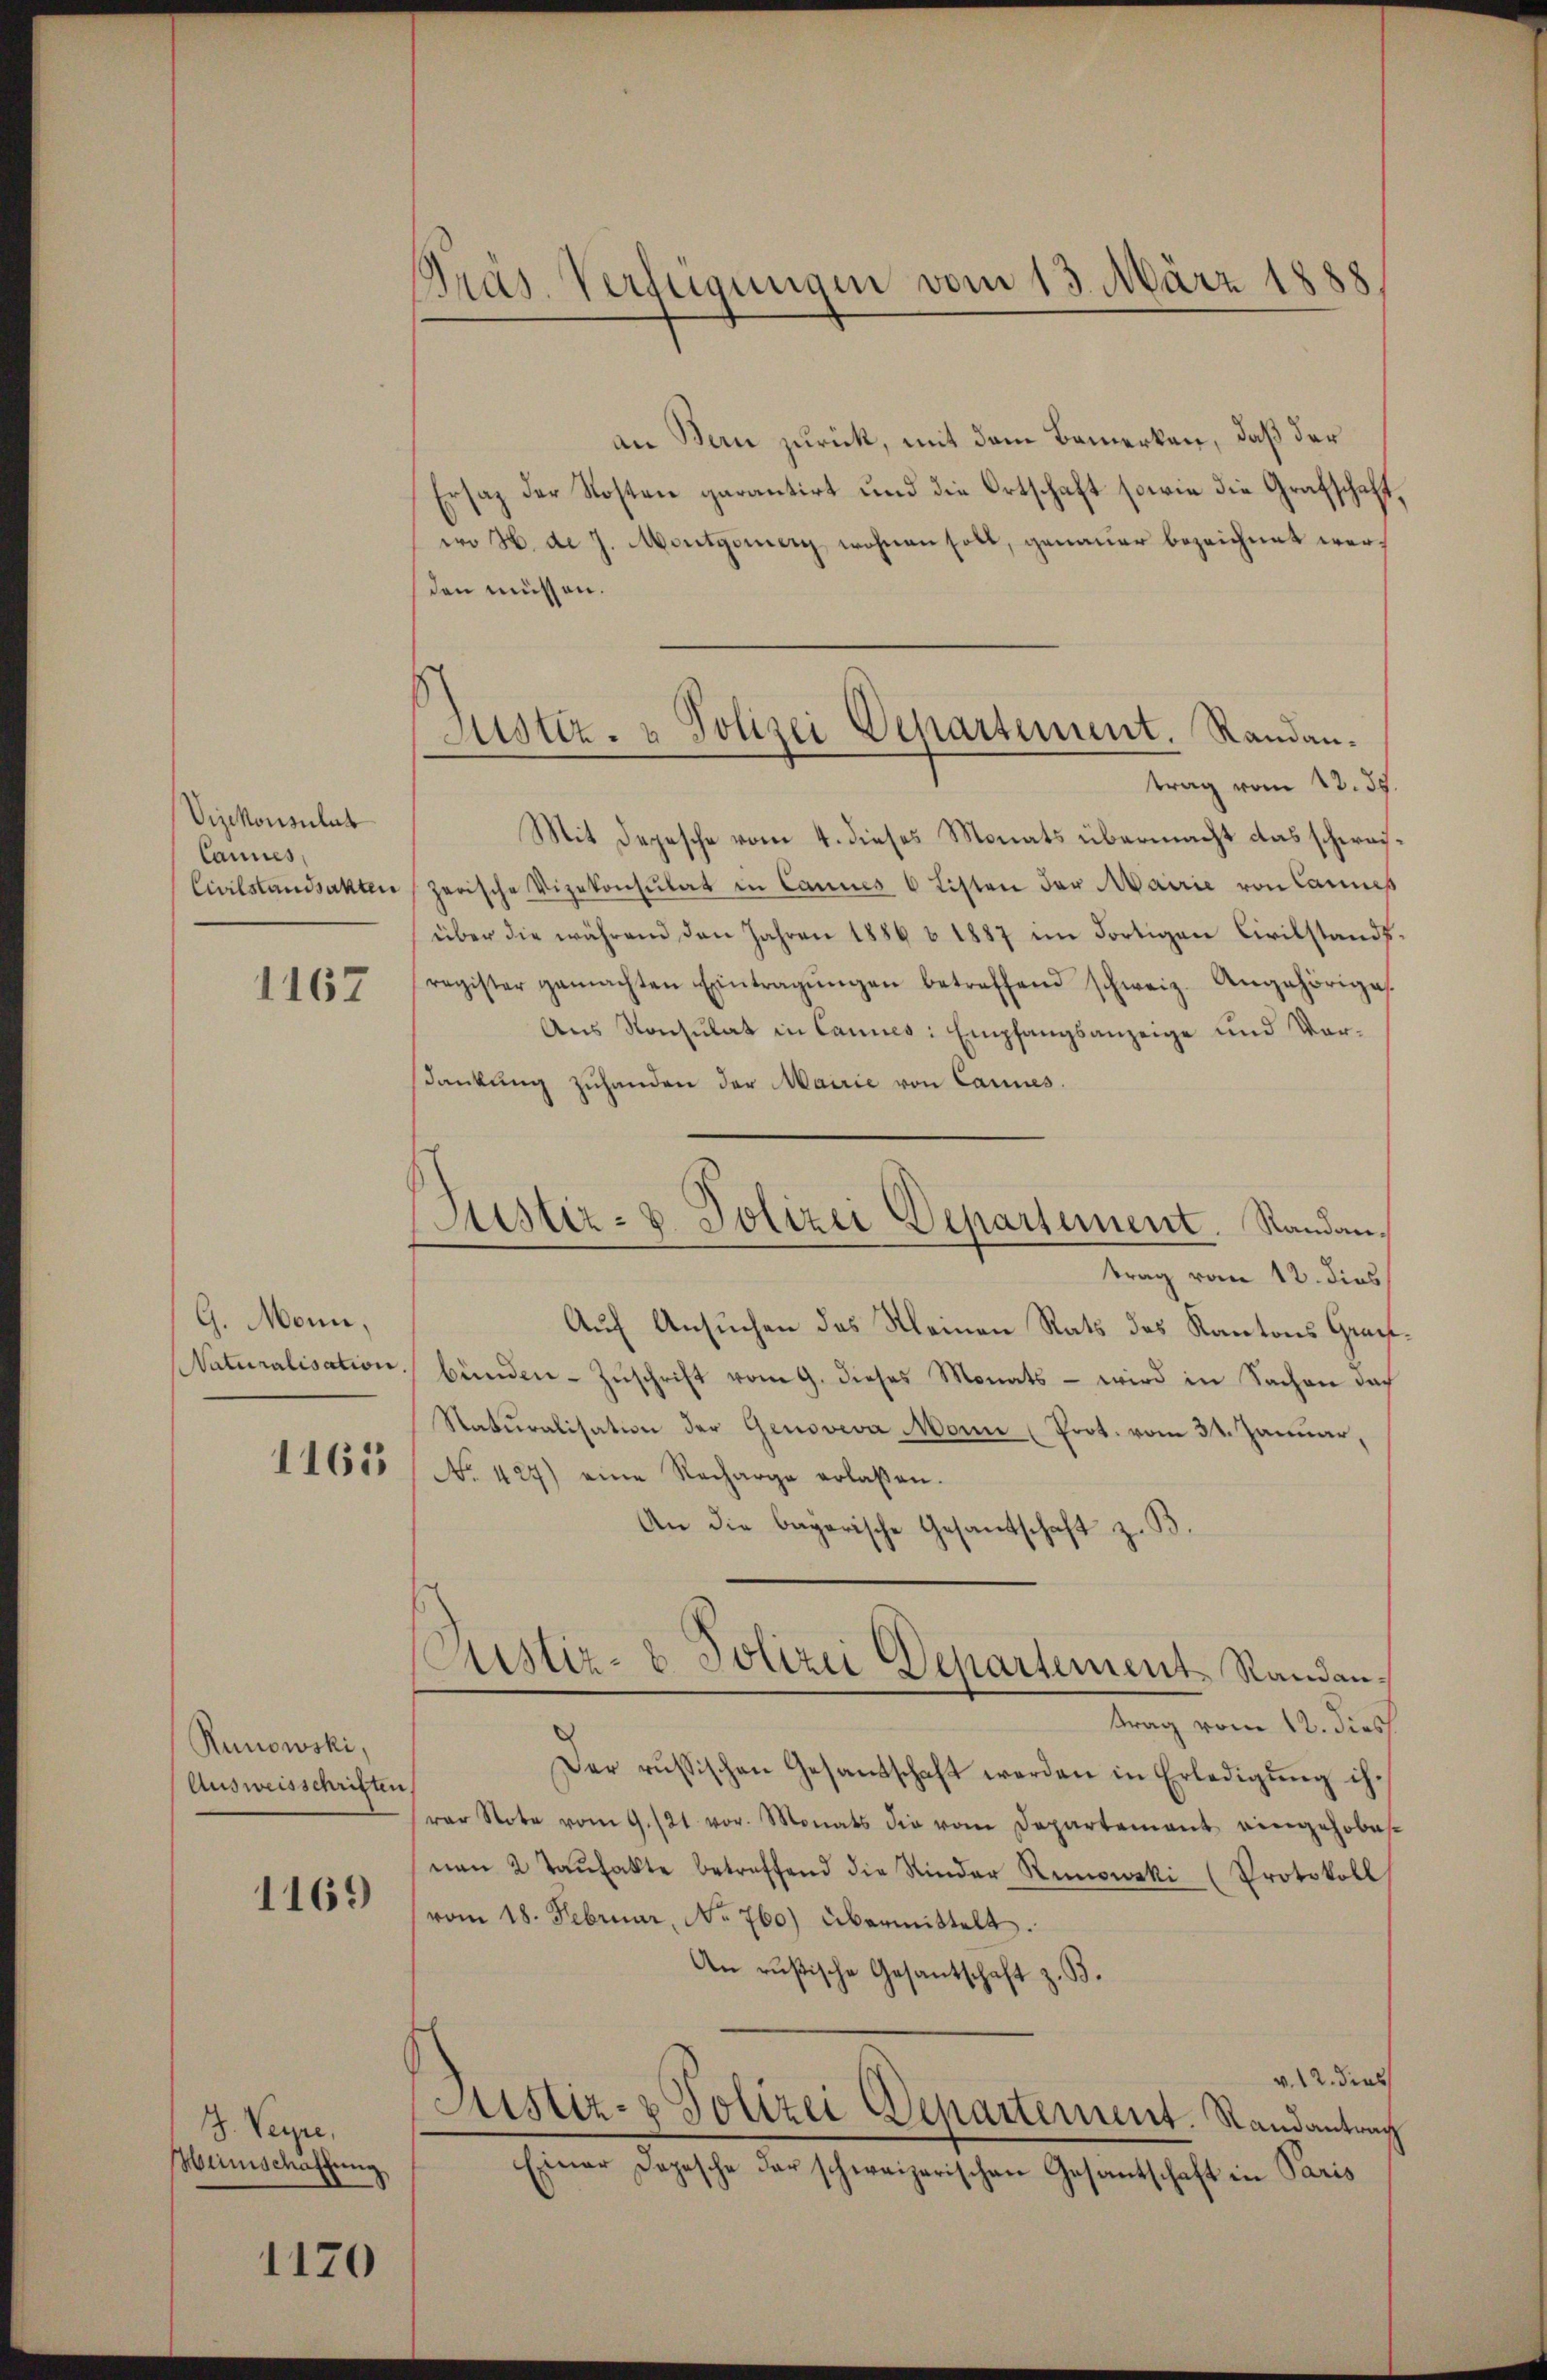
Vizekonsulat
Cannes,
Civilstandsakten

1167

G. Monn,
Naturalisation.
1163

Runowski,
Ausweisschriften

1169

1. Verpe
Wunschaffung

1170

¬
Pras. Verfügungen vom 13. März 1888

Justiz- & Polizei Departement. Randan¬

an Bern zurück, mit dem Bemerken, daß der
Ersatz der Kosten garantirt und die Ortschaft sowie die Grafschaft,
wo H. de J. Montgemerz wohnen soll, genauer bezeichnet wersden müssen.
trag vom 12. 39.
Mit Depesche vom 4. dieses Monats übermacht das schweizerische Vizekonsulat in Cannes 6 Listen der Mairie von Cannes
über die während den Jahren 1886 v. 1887 im Fortigen Civilstand.
register gemachten Eintragŭngen betreffend schweiz. Angehörige
Aus Konsulat in Cannes: Empfangsanzeige und Vordankŭng zŭhanden der Mairie von Cannes.
trag vom 12. dies
Auf Ansuchen des Kleinen Rats des Kantons Gra
bünden- Zŭschrift vom 9. dieses Monats - wird in Sachen dach
Naturalisation der Genoveva Mann (Prot. vom 31. Januar,
No. 427) eine Recharge erlaßen.
An die bayerische Gesandtschaft z. B.
Astiz- & Polizei Departement Randantrag vom 12. dies
Der russischen Gesandschaft werden in Erledigŭng ihvar Note vom 9. 121. vor. Monats die vom Departement eingehobe
nen 2 Taŭfakte betreffend die Rinder Runowski (Protokoll
vom 18. Februar, No. 760) übermittelt.
An rŭfische Gesantschaft z. B.
v. 12. dies
Astiz- & Polizei Departement. Randantrag
Einer Dopische der schweizerischen Gesantschaft in Paris

Justiz- & Polizei Departement. Randan¬